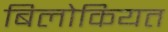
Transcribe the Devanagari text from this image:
बिलोकियत